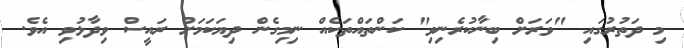
މި ދަތުރުގައި "ވަރަށް ބިނާކުރެނިވި" ކަންތައްތަކެއް ނިމިގެން ދިޔަކަމަށް ރައީސް ވިދާޅުވި އެވެ.